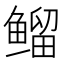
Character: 𱈊